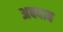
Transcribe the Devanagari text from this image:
अबदाब